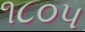
૧૮૦૫